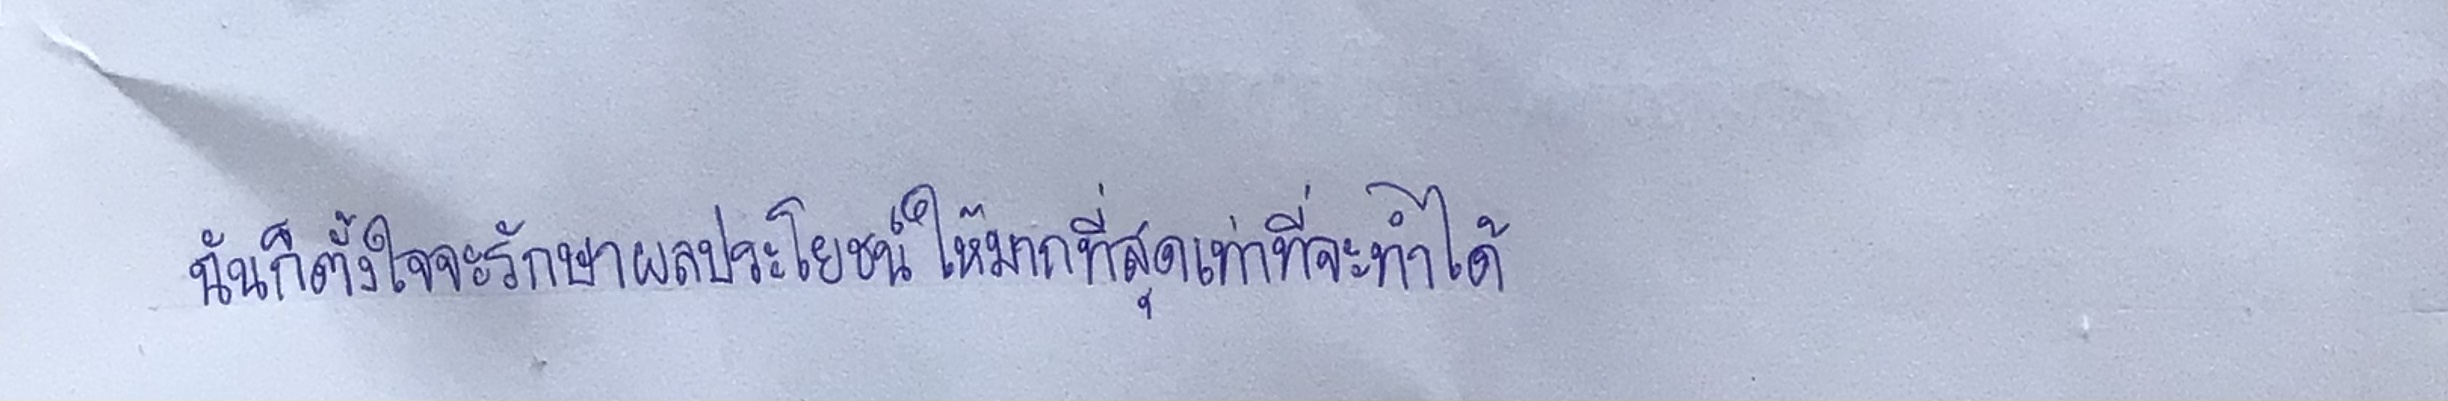
ฉันก็ตั้งใจจะรักษาผลประโยชน์ให้มากที่สุดเท่าที่จะทำได้"